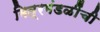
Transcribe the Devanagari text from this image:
मित्रमंडळींची